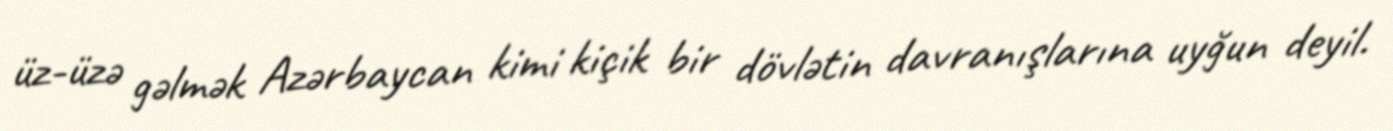
üz-üzə gəlmək Azərbaycan kimi kiçik bir dövlətin davranışlarına uyğun deyil.